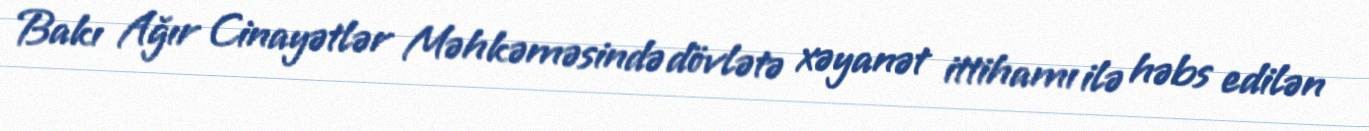
Bakı Ağır Cinayətlər Məhkəməsində dövlətə xəyanət ittihamı ilə həbs edilən